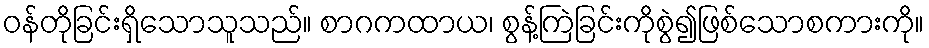
ဝန်တိုခြင်းရှိသောသူသည်။ စာဂကထာယ၊ စွန့်ကြဲခြင်းကိုစွဲ၍ဖြစ်သောစကားကို။